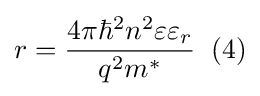
r={\frac {4\pi \hbar ^{2}n^{2}\varepsilon \varepsilon _{r}}{q^{2}m^{*}}}\;\;(4)